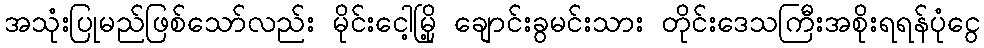
အသုံးပြုမည်ဖြစ်သော်လည်း မိုင်းငေါ့မြို့ ချောင်းခွမင်းသား တိုင်းဒေသကြီးအစိုးရရန်ပုံငွေ